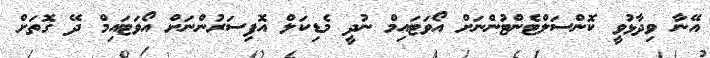
އޭނާ ވިދާޅުވީ ކޮންސަލްޓެންޓުންނަށް އޯވަޓައިމް ނުދީ މެޑިކަލް އޮފިސަރުންނަށް އޯވަޓައިމް ދޭ ގޮތަށް